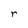
Character: r